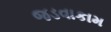
જડવાકામ